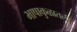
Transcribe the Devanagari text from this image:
भाषाकुळातली